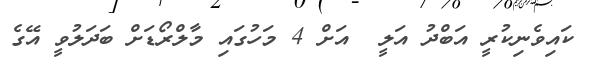
ކައިވެނިކުރީ އަބްދު އަލީ  އަށް 4 މަހުގައި މާލްރޯޑަށް ބަދަލުވީ އޭގެ